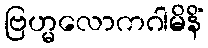
ဗြဟ္မလောကဂါမိနိံ